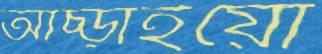
আঁচ্‌ড়াইয়ো